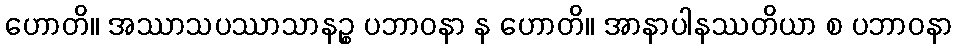
ဟောတိ။ အဿာသပဿာသာနဉ္စ ပဘာဝနာ န ဟောတိ။ အာနာပါနဿတိယာ စ ပဘာဝနာ